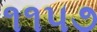
૧૧૫૭